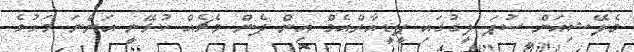
މެލޭޝިއަން ސުޕަ ލީގުގައި ޕީޑީއާރްއެމް އިން ދެން މެޗެއް ކުޅޭނީ އަންނަ މަހުގެ